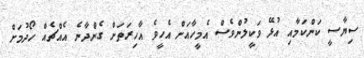
ސިޔާސީ ކަންކަމާއި އުޅޭ ވަކީލުންވެސް އެމީހާއަށް އެހީވެ އާހިރަތަށް ގެންދާނެ އެއްޗެއް ހޯދުމަށް